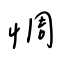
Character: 惆